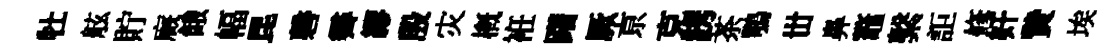
牡舷貯廐餓幅昆磬霽繆殷灾槪袵躇厥亰克誘茶鶚丗鼻鼇繫詎修奸贄埃